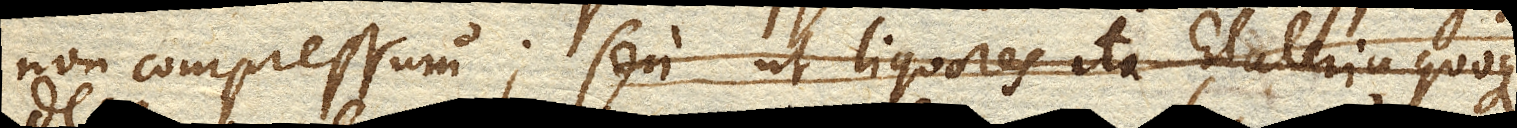
non compressum, seu ut liquores ita Elateria quoque